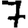
Digit: 7